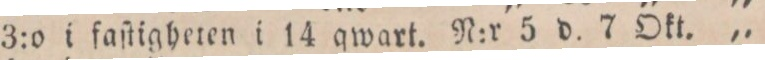
3:o i faſtigheten i 14 qwart. N:r 5 d. 7 Okt. „